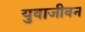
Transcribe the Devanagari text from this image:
युवाजीवन